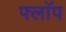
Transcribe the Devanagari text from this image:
फ्लाॅप